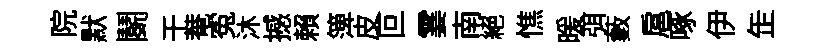
院默鬬干菴寃沐撼賴𥱼皮叵霎南絕憔暖弭藪扈啄伊𦈢